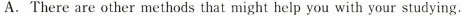
A. There are other methods that might help you with your studying.